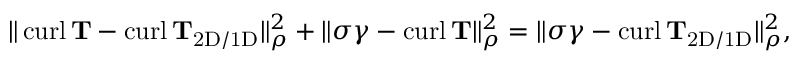
\begin{array} { r } { \| \operatorname { c u r l } \mathbf { T } - \operatorname { c u r l } \mathbf { T } _ { \mathrm { 2 D / 1 D } } \| _ { \rho } ^ { 2 } + \| \sigma \gamma - \operatorname { c u r l } \mathbf { T } \| _ { \rho } ^ { 2 } = \| \sigma \gamma - \operatorname { c u r l } \mathbf { T } _ { \mathrm { 2 D / 1 D } } \| _ { \rho } ^ { 2 } , } \end{array}